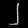
Digit: ၂